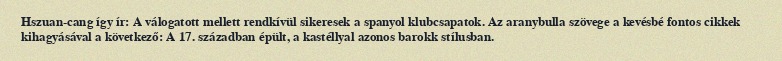
Hszuan-cang így ír: A válogatott mellett rendkívül sikeresek a spanyol klubcsapatok. Az aranybulla szövege a kevésbé fontos cikkek kihagyásával a következő: A 17. században épült, a kastéllyal azonos barokk stílusban.